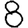
Digit: 8